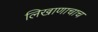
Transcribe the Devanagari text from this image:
लिखाणाचाच